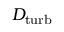
D _ { \mathrm { t u r b } }